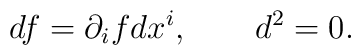
df = \partial_i f dx^i, \qquad d^2 = 0.